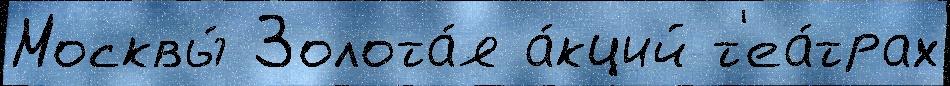
Москвы́ Золота́я а́кций т'еа́трах